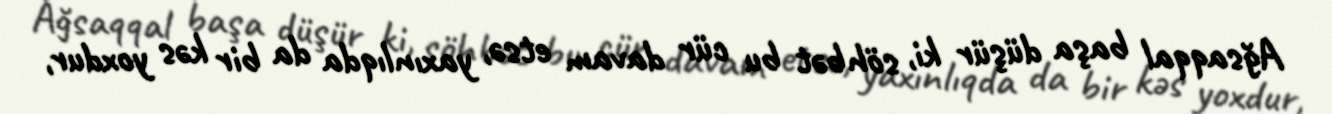
Ağsaqqal başa düşür ki, söhbət bu cür davam etsə, yaxınlıqda da bir kəs yoxdur,